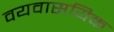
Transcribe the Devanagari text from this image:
वयवासयिक